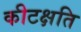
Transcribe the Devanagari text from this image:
कीटक्षति